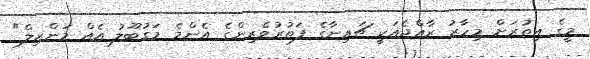
މީގެ އިތުރަށް މިހާރު ރާއްޖެއަކީ ޗައިނާގެ ފަތުރުވެރިންގެ އެންމެ މަގުބޫލު އެއް މަންޒިލް"